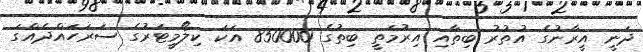
ދަނީ އީރާނުގެ އުތުރު ބިތާއި އިރުމަތީ ބިތުގެ 850000 އަކަ ކިލޯމީޓަރުގެ ސަރަހައްދެއްގަ